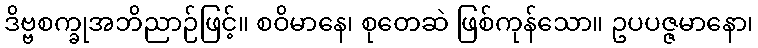
ဒိဗ္ဗစက္ခုအဘိညာဉ်ဖြင့်။ စဝိမာနေ၊ စုတေဆဲ ဖြစ်ကုန်သော။ ဥပပဇ္ဇမာနော၊